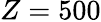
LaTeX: Z=500